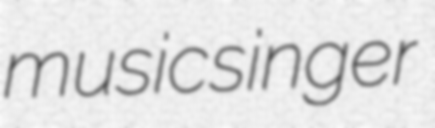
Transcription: music singer